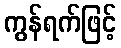
ကွန်ရက်ဖြင့်